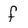
Character: f